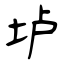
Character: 垆